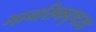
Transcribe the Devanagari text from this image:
मानसिकदृष्टय़ा